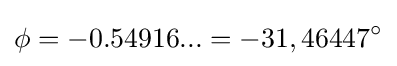
\phi =-0.54916...=-31,46447^{\circ }